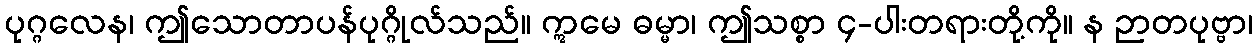
ပုဂ္ဂလေန၊ ဤသောတာပန်ပုဂ္ဂိုလ်သည်။ ဣမေ ဓမ္မာ၊ ဤသစ္စာ ၄-ပါးတရားတို့ကို။ န ဉာတပုဗ္ဗာ၊